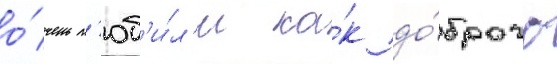
о́чень л'юб'и́л'и ка́к до́брого